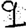
Digit: 9